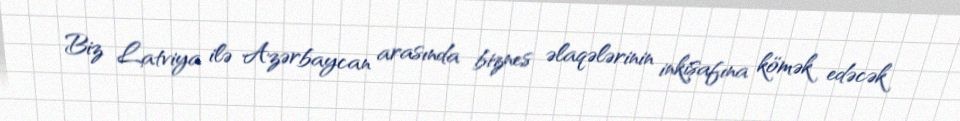
Biz Latviya ilə Azərbaycan arasında biznes əlaqələrinin inkişafına kömək edəcək